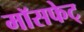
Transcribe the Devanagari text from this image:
मॉसफेट्